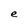
Character: e